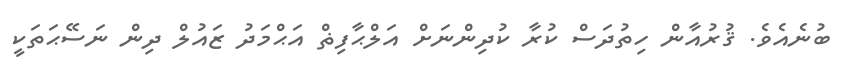
ބުނެއެވެ. ޤުރުއާން ހިތުދަސް ކުރާ ކުދިންނަށް އަލްޙާފިޡް އަޙްމަދު ޒައުލް ދިން ނަސޭޙަތަކީ